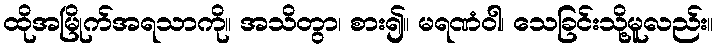
ထိုအမြိုက်အရသာကို။ အသိတွာ၊ စား၍။ မရဏံဝါ၊ သေခြင်းသို့မူလည်း။